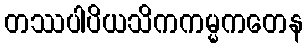
တဿပါပိယသိကကမ္မကတေန